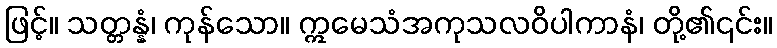
ဖြင့်။ သတ္တန္နံ၊ ကုန်သော။ ဣမေသံအကုသလဝိပါကာနံ၊ တို့၏၎င်း။